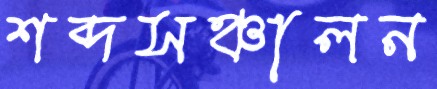
শব্দসঞ্চালন